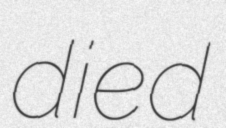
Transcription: died